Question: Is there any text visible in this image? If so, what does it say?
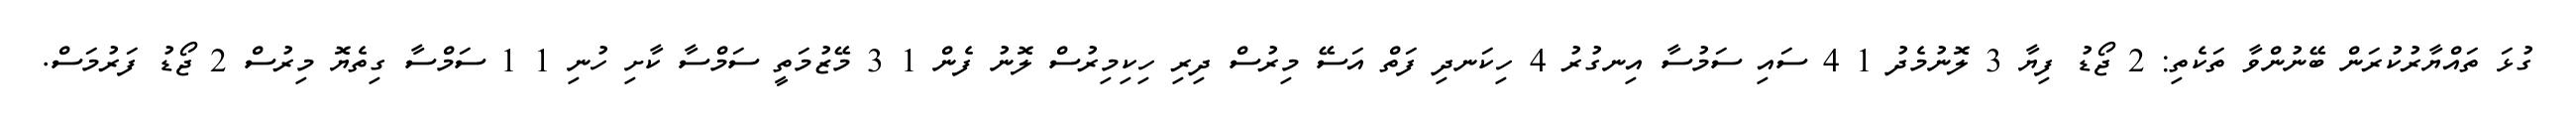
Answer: ގުޅަ ތައްޔާރުކުރަން ބޭނުންވާ ތަކެތި: 2 ޖޯޑު ފިޔާ 3 ލޮނުމެދު 1 4 ސައި ސަމުސާ އިނގުރު 4 ހިކަނދި ފަތް އަސޭ މިރުސް ދިރި ހިކިމިރުސް ލޮނު ފެން 1 3 މޭޒުމަތީ ސަމްސާ ކާށި ހުނި 1 1 ސަމްސާ ގިތެޔޮ މިރުސް 2 ޖޯޑު ފަރުމަސް.